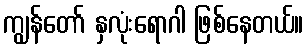
ကျွန်တော် နှလုံးရောဂါ ဖြစ်နေတယ်။